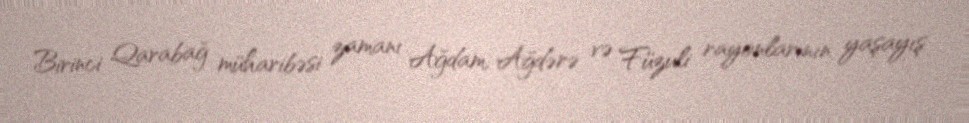
Birinci Qarabağ müharibəsi zamanı Ağdam, Ağdərə və Füzuli rayonlarının yaşayış